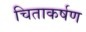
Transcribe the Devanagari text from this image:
चिताकर्षण